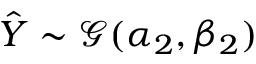
\hat { Y } \sim \mathcal G ( \alpha _ { 2 } , \beta _ { 2 } )